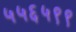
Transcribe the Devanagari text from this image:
५५६५९९